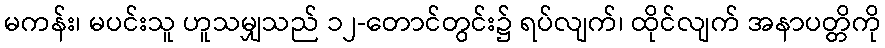
မကန်း၊ မပင်းသူ ဟူသမျှသည် ၁၂-တောင်တွင်း၌ ရပ်လျက်၊ ထိုင်လျက် အနာပတ္တိကို